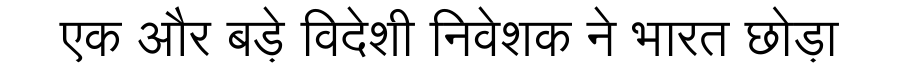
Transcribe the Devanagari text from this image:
एक और बड़े विदेशी निवेशक ने भारत छोड़ा